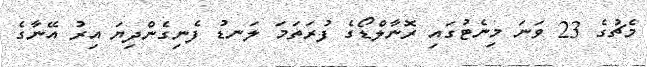
މެޗުގެ 23 ވަނަ މިނެޓުގައި ރޮނާލްޑޯގެ ފުރަތަމަ ލަނޑު ފެނިގެންދިޔަ އިރު އޭނާގެ